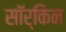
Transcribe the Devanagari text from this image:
सॉर्किन